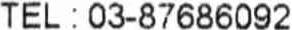
TEL : 03-87686092